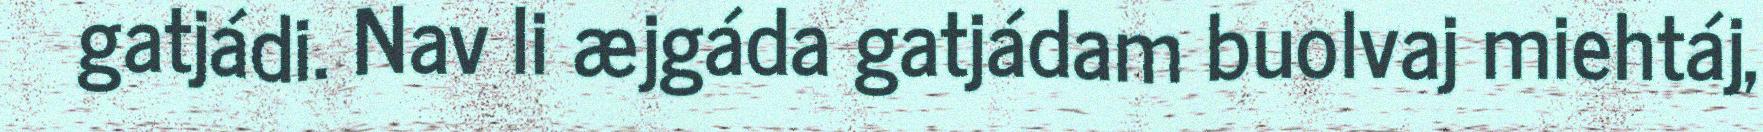
gatjádi. Nav li æjgáda gatjádam buolvaj miehtáj,